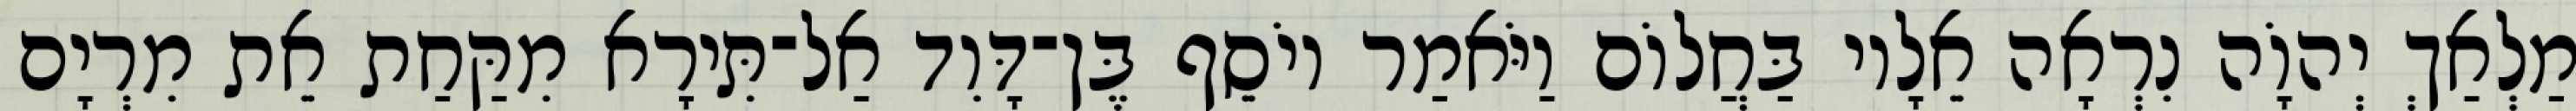
מַלְאַךְ יְהוָֹה נִרְאָה אֵלָיו בַּחֲלוֹם וַיֹּאמַר יוֹסֵף בֶּן־דָּוִד אַל־תִּירָא מִקַּחַת אֵת מִרְיָם